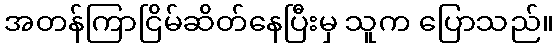
အတန်ကြာငြိမ်ဆိတ်နေပြီးမှ သူက ပြောသည်။